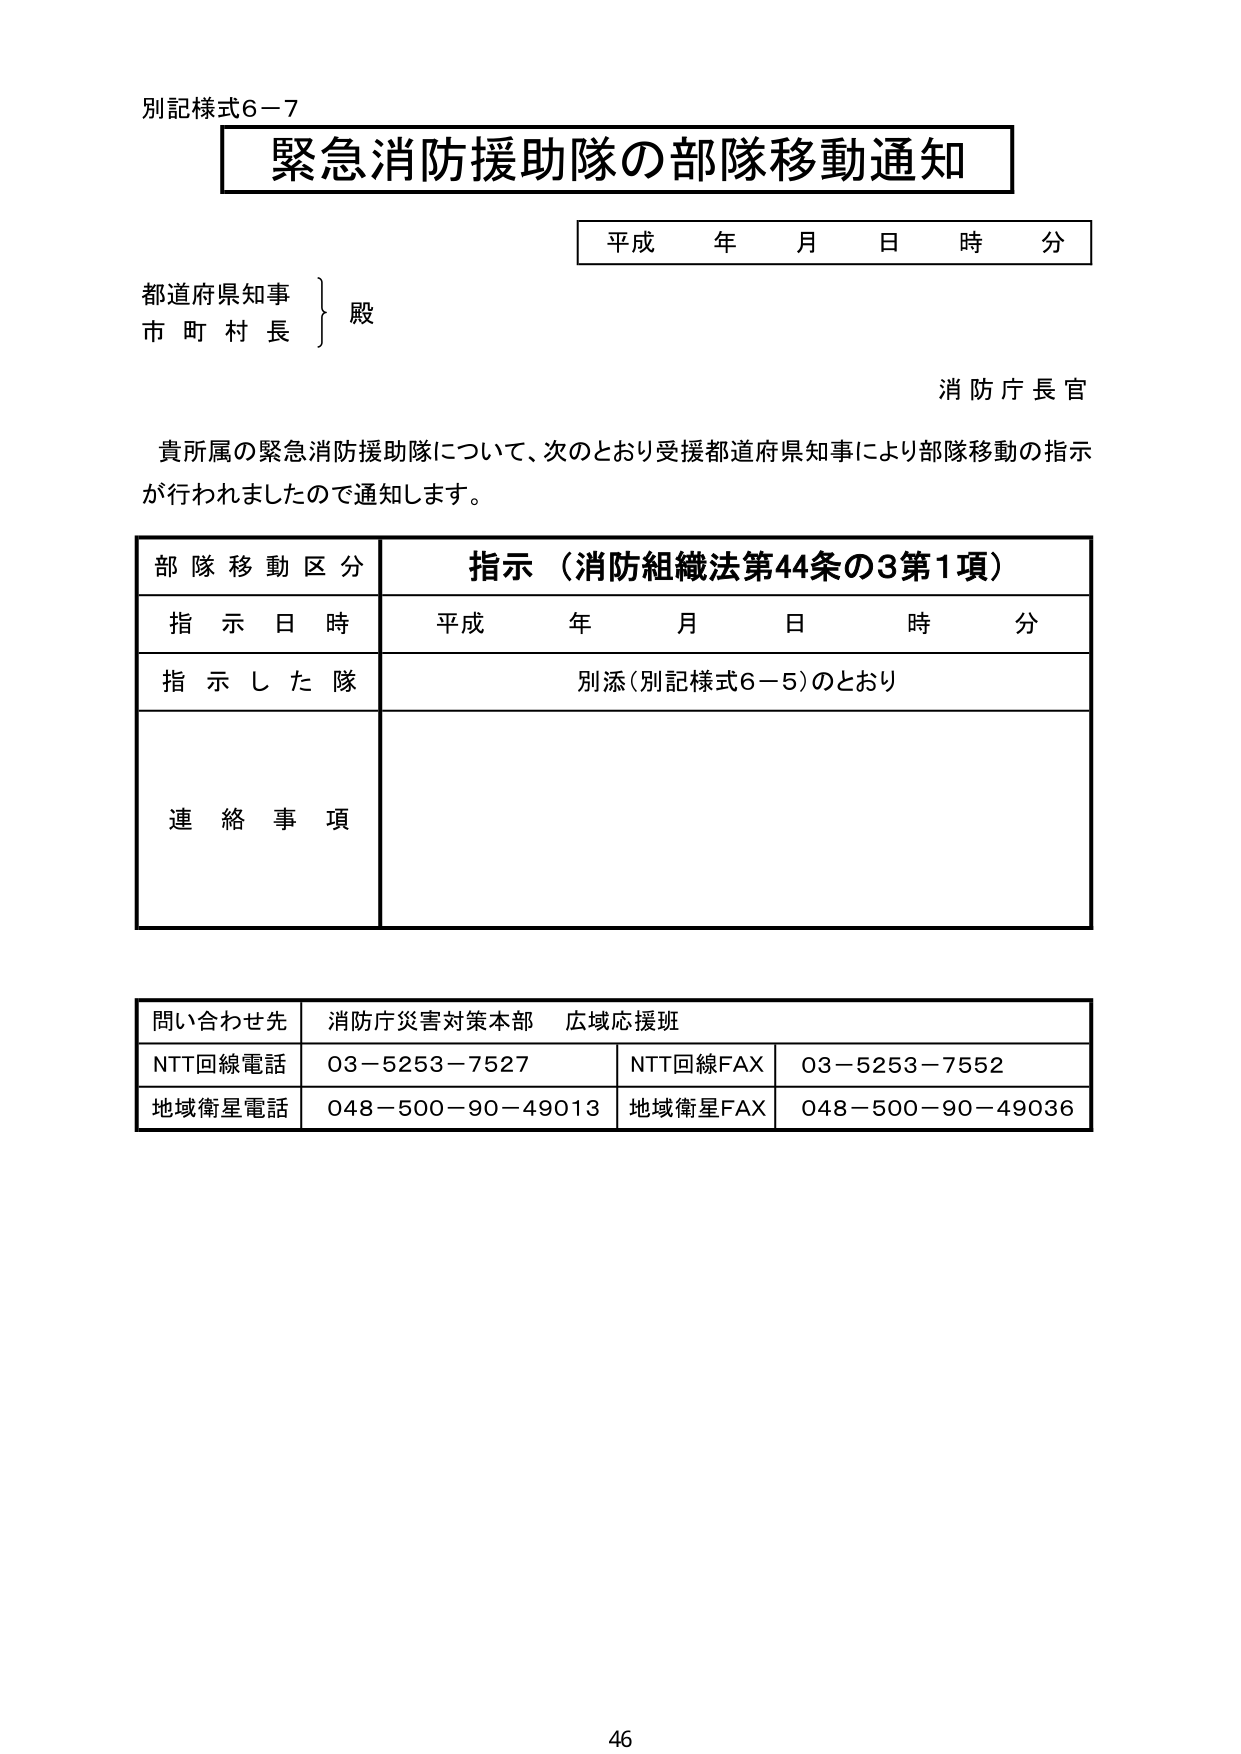
別記様式6－7
緊急消防援助隊の部隊移動通知
平成 年 月 日 時 分
都道府県知事
市 町 村 長
殿
消防庁長官
貴所属の緊急消防援助隊について、次のとおり受援都道府県知事により部隊移動の指示が行われましたので通知します。
部隊移動区分 指示（消防組織法第44条の3第1項）
指示日時 平成 年 月 日 時 分
指示した隊 別添（別記様式6－5）のとおり
連絡事項
問い合わせ先 消防庁災害対策本部 広域応援班
NTT回線電話 03－5253－7527 NTT回線FAX 03－5253－7552
地域衛星電話 048－500－90－49013 地域衛星FAX 048－500－90－49036
46